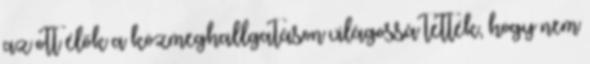
az ott élők a közmeghallgatáson világossá tették, hogy nem